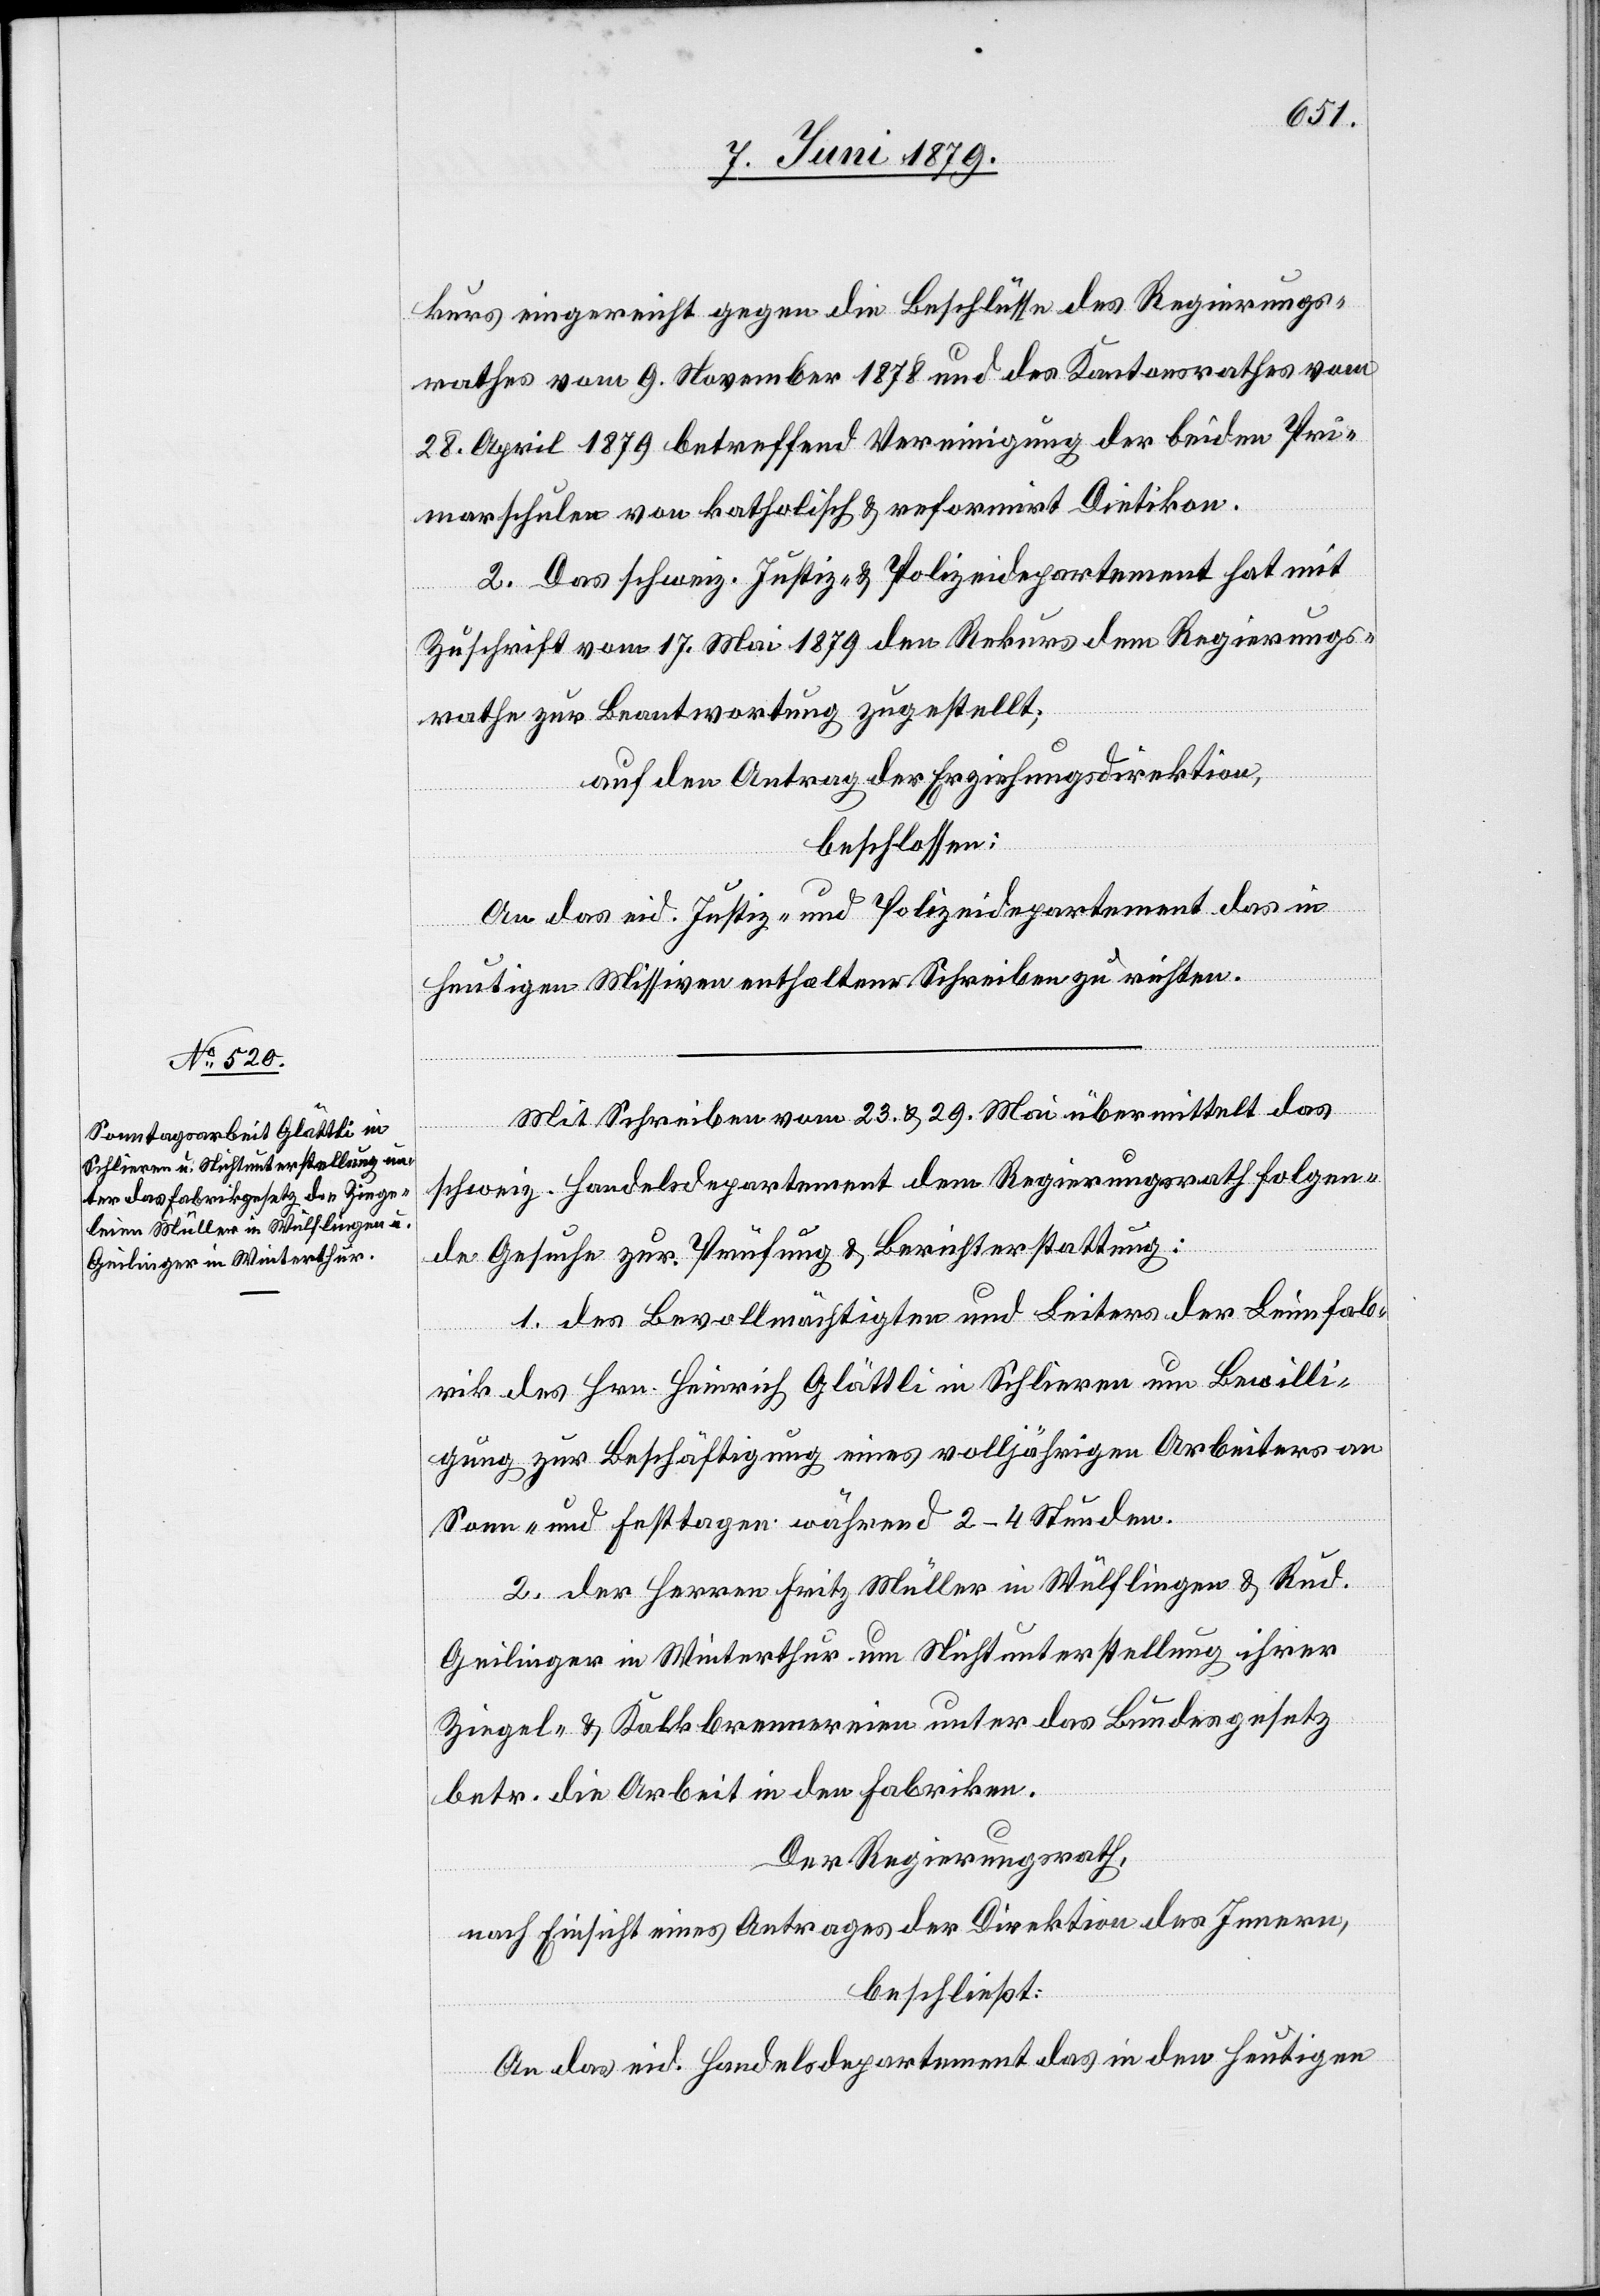
kurs eingereicht gegen die Beschlüsse des Regierungs¬
rathes vom 9. November 1878 und des Kantonsrathes vom
28. April 1879 betreffend Vereinigung der beiden Pri¬
marschulen von katholisch & reformirt Dietikon.
2. Das schweiz. Justiz- & Polizeidepartement hat mit
Zuschrift vom 17. Mai 1879 den Rekurs dem Regierungs¬
rathe zur Beantwortung zugestellt;
auf den Antrag der Erziehungsdirektion,
beschlossen:
An das eid. Justiz- und Polizeidepartement das in
heutigen Missiven enthaltene Schreiben zu richten.
Mit Schreiben vom 23. & 29. Mai übermittelt das
schweiz. Handelsdepartement dem Regierungsrath folgen¬
de Gesuche zur Prüfung & Berichterstattung:
1. des Bevollmächtigten und Leiters der Leimfab¬
rik des Hrn. Heinrich Glättli in Schlieren um Bewilli¬
gung zur Beschäftigung eines volljährigen Arbeiters an
Sonn- und Festtagen während 2–4 Stunden.
2. der Herren Fritz Müller in Wülflingen & Rud.
Geilinger in Winterthur um Nichtunterstellung ihrer
Ziegel- & Kalkbrennereien unter das Bundesgesetz
betr. die Arbeit in den Fabriken.
Der Regierungsrath,
nach Einsicht eines Antrages der Direktion des Innern,
beschließt:
An das eid. Handelsdepartement das in den heutigen